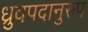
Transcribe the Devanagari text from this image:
ध्रुवपदानुरुप